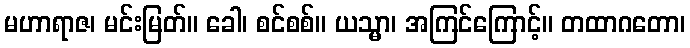
မဟာရာဇ၊ မင်းမြတ်။ ခေါ၊ စင်စစ်။ ယသ္မာ၊ အကြင်ကြောင့်။ တထာဂတော၊